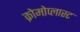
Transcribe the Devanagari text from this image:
क्रोमोप्लास्ट